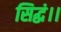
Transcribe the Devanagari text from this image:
सिद्धं।।